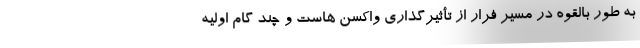
به طور بالقوه در مسیر فرار از تأثیرگذاری واکسن هاست و چند گام اولیه